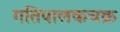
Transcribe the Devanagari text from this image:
गतिपालकचक्र